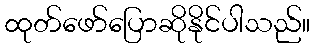
ထုတ်ဖော်ပြောဆိုနိုင်ပါသည်။